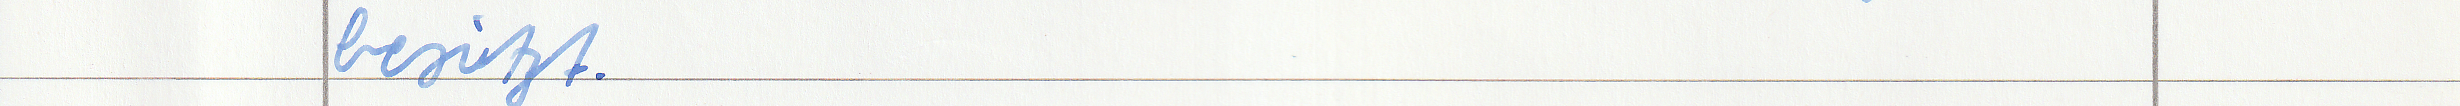
besitzt.